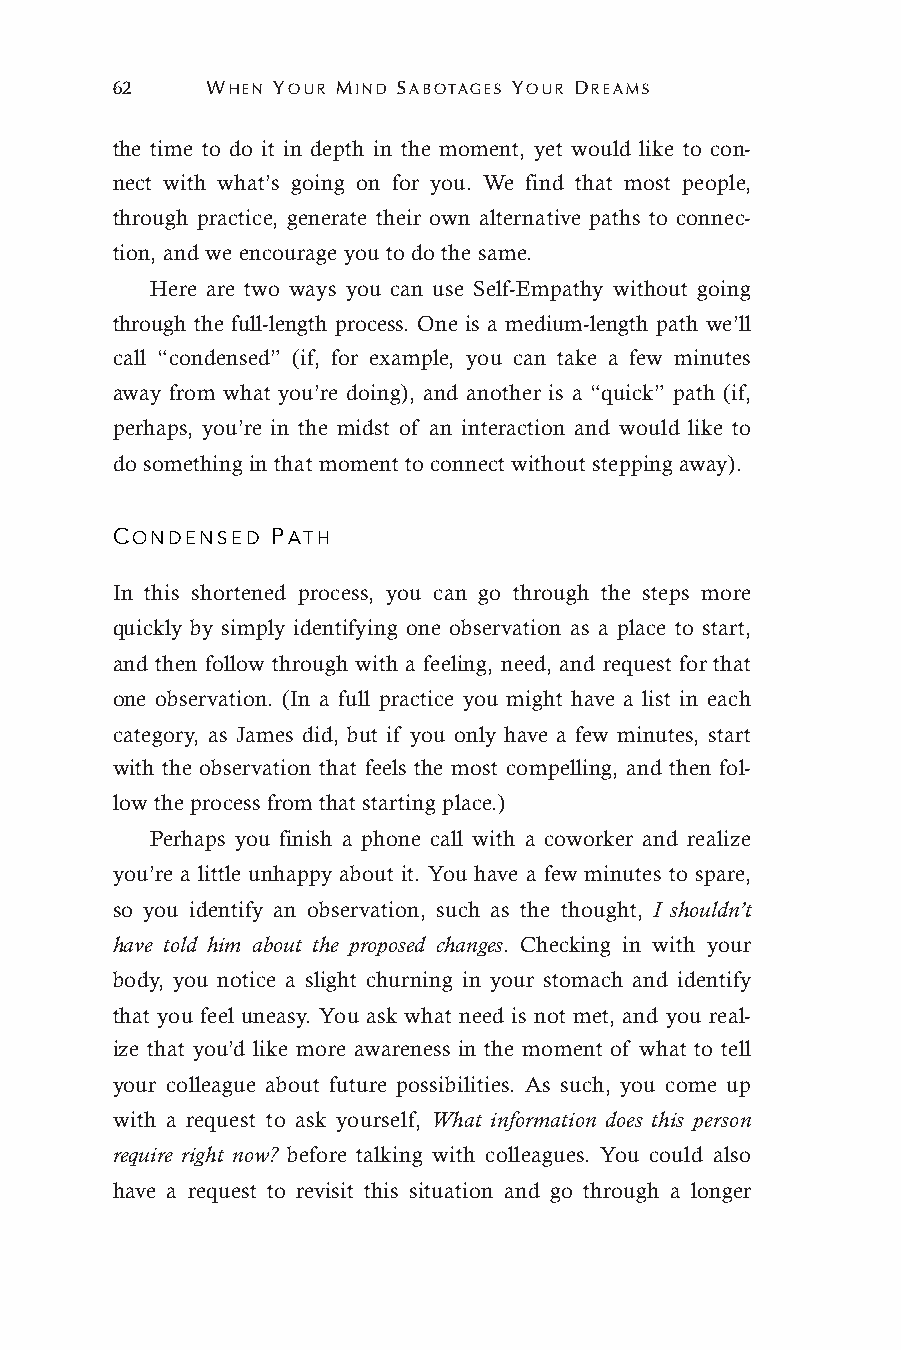
62     WHEN YOUR MIND SABOTAGES YOUR DREAMS
 the time to do it in depth in the moment, yet would like to con-
 nect with what’s going on for you. We find that most people,
 through practice, generate their own alternative paths to connec-
 tion, and we encourage you to do the same.
 Here are two ways you can use Self-Empathy without going
 through the full-length process. One is a medium-length path we’ll
 call “condensed” (if, for example, you can take a few minutes
 away from what you’re doing), and another is a “quick” path (if,
 perhaps, you’re in the midst of an interaction and would like to
 do something in that moment to connect without stepping away).
 CONDENSED  PATH
 In this shortened process, you can go through the steps more
 quickly by simply identifying one observation as a place to start,
 and then follow through with a feeling, need, and request for that
 one observation. (In a full practice you might have a list in each
 category, as James did, but if you only have a few minutes, start
 with the observation that feels the most compelling, and then fol-
 low the process from that starting place.)
 Perhaps you finish a phone call with a coworker and realize
 you’re a little unhappy about it. You have a few minutes to spare,
 so you identify an observation, such as the thought, I shouldn’t
 have told him about the proposed changes. Checking in with your
 body, you notice a slight churning in your stomach and identify
 that you feel uneasy. You ask what need is not met, and you real-
 ize that you’d like more awareness in the moment of what to tell
 your colleague about future possibilities. As such, you come up
 with a request to ask yourself, What information does this person
 require right now? before talking with colleagues. You could also
 have a request to revisit this situation and go through a longer